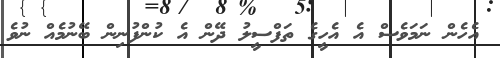
އެހެން ނަމަވެސް އެ އެހީގެ ތަފްސީލު ދޭން އެ ކުންފުނިން ބޭނުމެއް ނުވެ